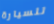
للسيارة